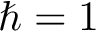
\hbar = 1